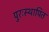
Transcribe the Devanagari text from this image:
पुरःस्थापित